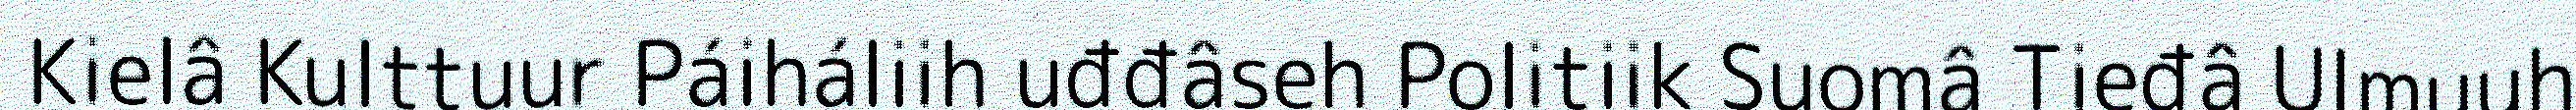
Kielâ Kulttuur Páiháliih uđđâseh Politiik Suomâ Tieđâ Ulmuuh